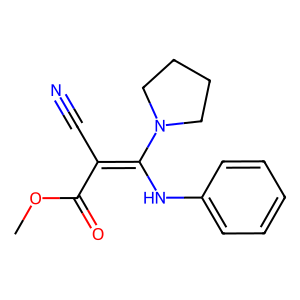
SMILES: COC(=O)C(C#N)=C(Nc1ccccc1)N1CCCC1
Inhibits HIV replication: No